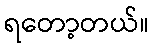
ရတော့တယ်။